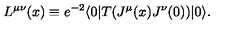
L ^ { \mu \nu } ( x ) \equiv e ^ { - 2 } \langle 0 | T ( J ^ { \mu } ( x ) J ^ { \nu } ( 0 ) ) | 0 \rangle .